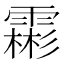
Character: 霦